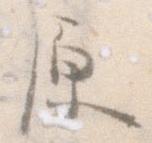
原